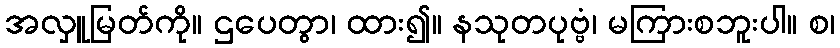
အလှူမြတ်ကို။ ဌပေတွာ၊ ထား၍။ နသုတပုဗ္ဗံ၊ မကြားစဘူးပါ။ စ၊